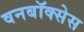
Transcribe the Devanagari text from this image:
वनबॉक्सेस